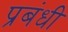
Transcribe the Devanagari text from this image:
प्रबंधी